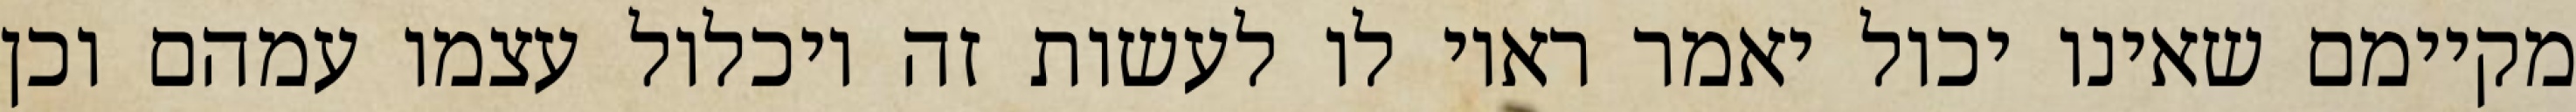
מקיימם שאינו יכול יאמר ראוי לו לעשות זה ויכלול עצמו עמהם וכן